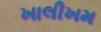
ખાલીખમ